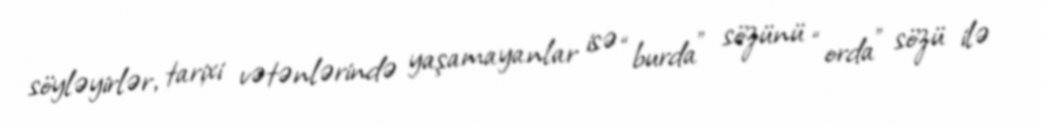
söyləyirlər, tarixi vətənlərində yaşamayanlar isə “burda” sözünü “orda” sözü ilə